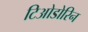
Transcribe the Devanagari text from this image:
टिओडोरिन